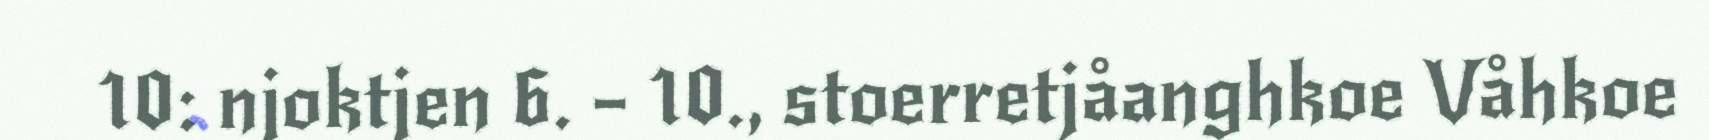
10: njoktjen 6. – 10., stoerretjåanghkoe Våhkoe